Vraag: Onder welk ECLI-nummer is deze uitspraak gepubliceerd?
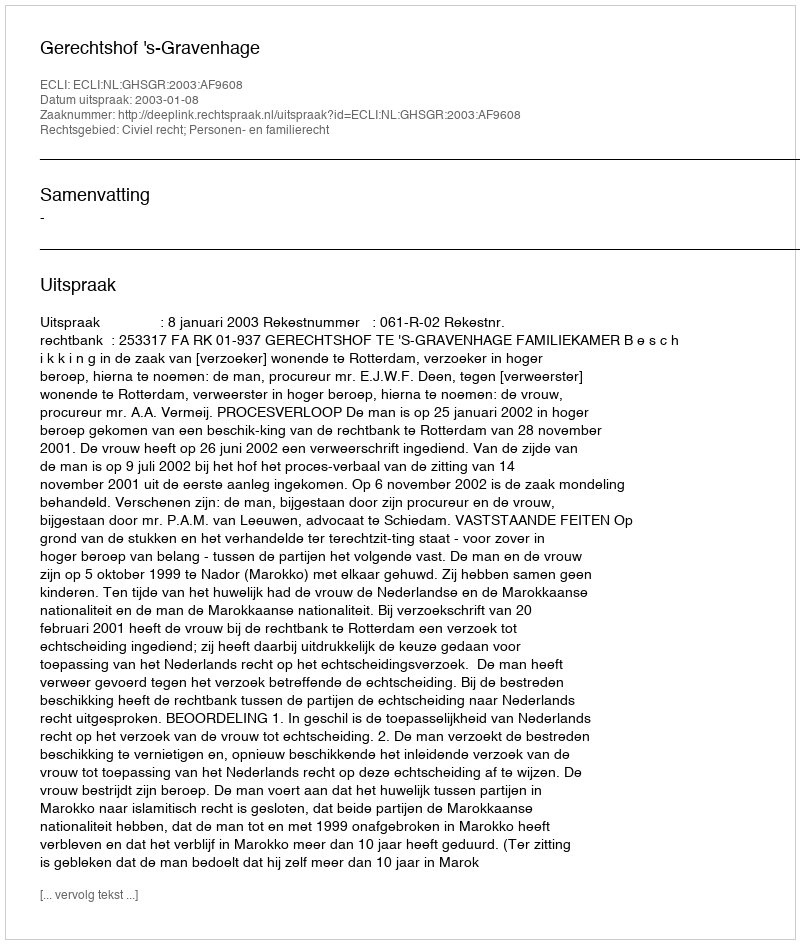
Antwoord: ECLI:NL:GHSGR:2003:AF9608